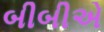
બીબીએ